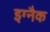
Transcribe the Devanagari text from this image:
इग्नैक